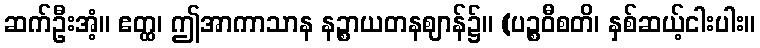
ဆက်ဦးအံ့။ ဧတ္ထ၊ ဤအာကာသာန နဉ္စာယတနဈာန်၌။ (ပဉ္စဝီစတိ၊ နှစ်ဆယ့်ငါးပါး။